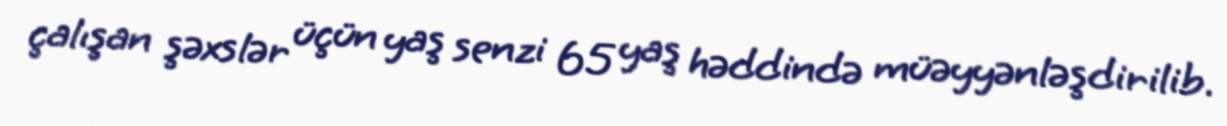
çalışan şəxslər üçün yaş senzi 65 yaş həddində müəyyənləşdirilib.